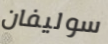
سوليفان